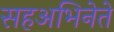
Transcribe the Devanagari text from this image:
सहअभिनेते